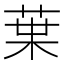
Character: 𫟒